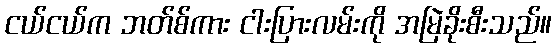
ငယ်ငယ်က ဘတ်စ်ကား ငါးပြားလမ်းကို အမြဲခိုးစီးသည်။